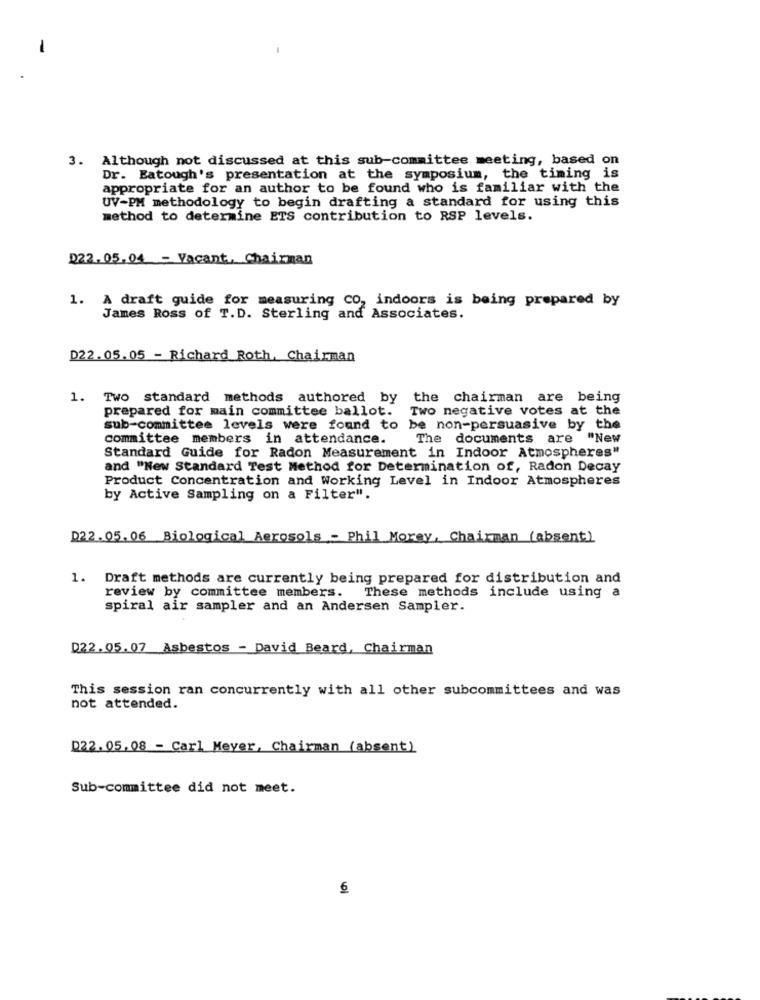
-
3. Although not discussed at this sub-committee meeting, based on
Dr. Eatough's presentation at the symposium, the timing is
appropriate for an author to be found who is familiar with the
UV-PM methodology to begin drafting a standard for using this
method to determine ETS contribution to RSP levels.
222. 05.04 - Vacant, Chairman
1. A draft guide for measuring CO, indoors is being prepared by
James Ross of T.D. Sterling and Associates.
D22. 05.05 - Richard Roth, Chairman
1. Two standard methods authored by the chairman are being
prepared for main committee ballot. Two negative votes at the
sub-committee levels were found to be non-persuasive by the
committee members in attendance.
The documents are
"New
Standard Guide for Radon Measurement in Indoor Atmospheres"
and "New Standard Test Method for Determination of, Radon Decay
Product Concentration and Working Level in Indoor Atmospheres
by Active Sampling on a Filter".
D22. 05.06 Biological Aerosols - Phil Morey, Chairman (absent)
1. Draft methods are currently being prepared for distribution and
review by committee members. These methods include using a
spiral air sampler and an Andersen Sampler.
D22.05.07 Asbestos - David Beard, Chairman
This session ran concurrently with all other subcommittees and was
not attended.
D22.05.08 -Carl Meyer, Chairman (absent)
Sub-committee did not meet.
6